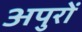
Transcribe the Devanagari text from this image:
अपुरों